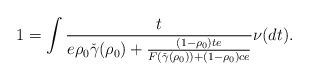
LaTeX: \begin{align*}1 &= \int \frac{t}{e\rho_0{\check{\gamma}(\rho_0)}+\frac{(1-\rho_0)te}{F({\check{\gamma}(\rho_0)})+(1-\rho_0)c e}}\nu(dt).\end{align*}